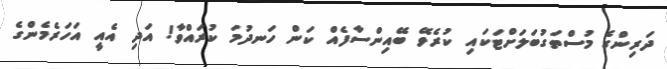
ދަރިންގެ މުސްތަގުބަލަށްޓަކައި ކުރެވޭ ބޭއިންސާފެއް ކަން ހަނދުމަ ކުރައްވާ! އަދި އެއީ އަހަރެމެންގެ